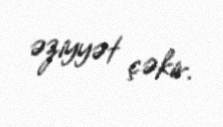
əziyyət çəkir.